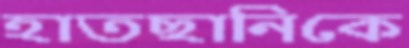
হাতছানিকে